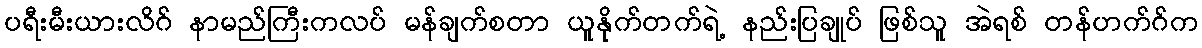
ပရီးမီးယားလိဂ် နာမည်ကြီးကလပ် မန်ချက်စတာ ယူနိုက်တက်ရဲ့ နည်းပြချုပ် ဖြစ်သူ အဲရစ် တန်ဟက်ဂ်က